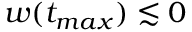
w ( t _ { m a x } ) \lesssim 0